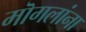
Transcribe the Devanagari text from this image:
मॊगलांना